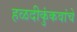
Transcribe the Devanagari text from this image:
हळदीकुंकवांचे